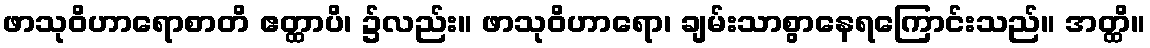
ဖာသုဝိဟာရောစာတိ ဧတ္ထာပိ၊ ၌လည်း။ ဖာသုဝိဟာရော၊ ချမ်းသာစွာနေရကြောင်းသည်။ အတ္ထိ။